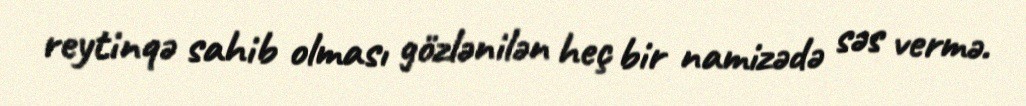
reytinqə sahib olması gözlənilən heç bir namizədə səs vermə.